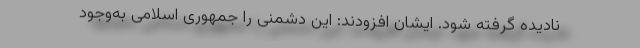
نادیده گرفته شود. ایشان افزودند: این دشمنی را جمهوری اسلامی به‌وجود